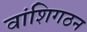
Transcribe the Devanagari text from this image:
वांशिगठन